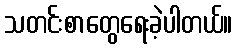
သတင်းစာတွေရေးခဲ့ပါတယ်။